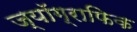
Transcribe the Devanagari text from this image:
ज्यॉग्राफिक